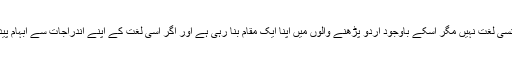
مذکورہ بالا لغت کی مثال پیش کرنے کا مقصد یہ ہے کہ گو یہ سائنسی لغت نہیں مگر اسکے باوجود اردو پڑھنے والوں میں اپنا ایک مقام بنا رہی ہے اور اگر اسی لغت کے اپنے اندراجات سے ابہام پیدا ہوگا تو یہ کوئی معمولی بات سمجھ کر نظر انداز نہیں کیا جاسکتا۔